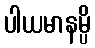
ပါယမာနမ္ပိ